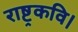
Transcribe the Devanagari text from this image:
राष्ट्रकवि।